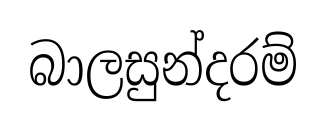
බාලසුන්දරම්